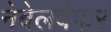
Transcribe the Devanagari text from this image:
नेबेलवेफर